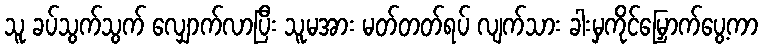
သူ ခပ်သွက်သွက် လျှောက်လာပြီး သူမအား မတ်တတ်ရပ် လျက်သား ခါးမှကိုင်မြှောက်ပွေ့ကာ